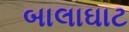
બાલાઘાટ